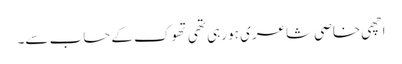
اچھی خاصی شاعری ہو رہی تھی تھوک کے حساب سے۔